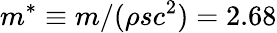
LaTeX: m^{*}\equiv m/(\rho sc^{2})=2.68